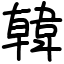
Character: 韓